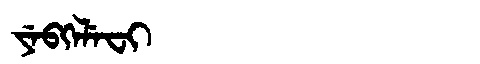
Manchu: ᠶᡝᠪᡴᡝᠯᡝᠸᡳ
Romanization: YEBKELEFI